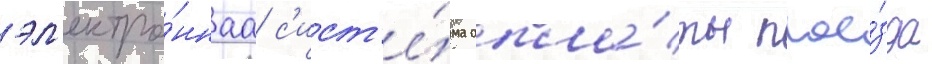
эл'ектро́ннаа с'ист'е́ма опла́ты прое́зда